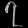
Digit: ၇